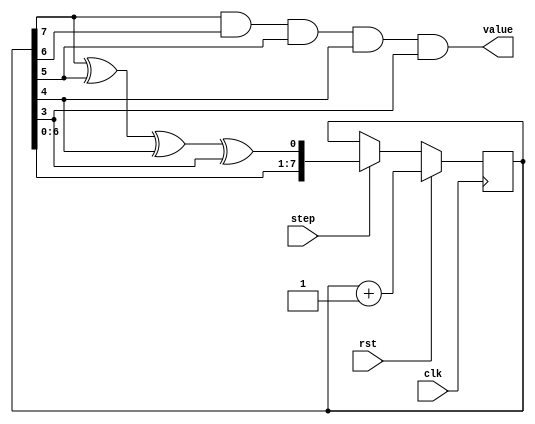
module lfsr3(input clk, input step, input rst, output value);
    reg [7:0] lfsr = 0;
    wire feedback = lfsr[7] ^ lfsr[5] ^ lfsr[4] ^ lfsr[3];
    always @ (posedge clk)
        if (rst)       lfsr <= lfsr + 1;
        else if (step) lfsr <= {lfsr[6:0], feedback};
    assign value = lfsr[7] & lfsr[6] & lfsr[5] & lfsr[4] & lfsr[3];
endmodule